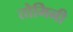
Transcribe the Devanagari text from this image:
तोमिनी